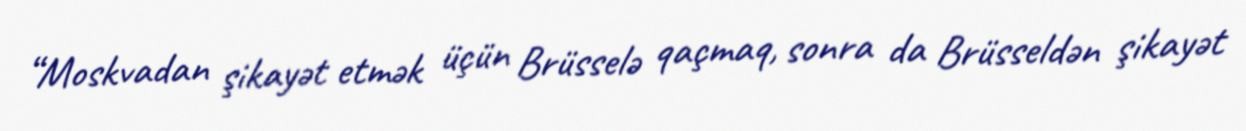
“Moskvadan şikayət etmək üçün Brüsselə qaçmaq, sonra da Brüsseldən şikayət